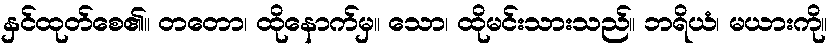
နှင်ထုတ်စေ၏။ တတော၊ ထိုနောက်မှ။ သော၊ ထိုမင်းသားသည်။ ဘရိယံ၊ မယားကို။